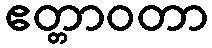
ဧတ္တာဝတာ